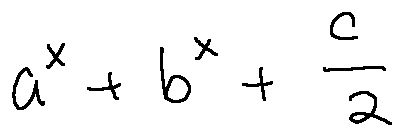
a ^ { x } + b ^ { x } + \frac { c } { 2 }